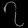
Digit: ၇